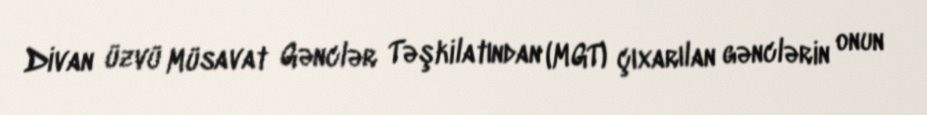
Divan üzvü Müsavat Gənclər Təşkilatından (MGT) çıxarılan gənclərin onun